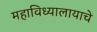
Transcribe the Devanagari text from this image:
महाविध्यालायाचे